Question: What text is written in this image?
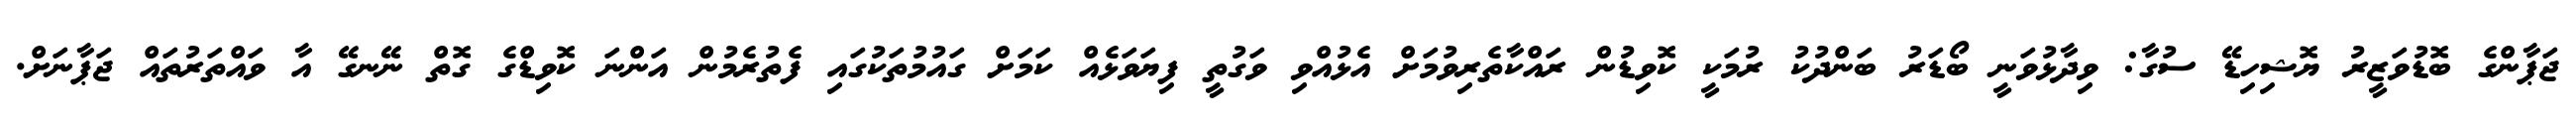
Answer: ޖަޕާންގެ ބޮޑުވަޒީރު ޔޮޝިހިޑޭ ސުގާ: ވިދާޅުވަނީ ބޯޑަރު ބަންދުކު ރުމަކީ ކޮވިޑުން ރައްކާތެރިވުމަށް އެޅުއްވި ވަގުތީ ފިޔަވަޅެއް ކަމަށް ގައުމުތަކުގައި ފެތުރެމުން އަންނަ ކޮވިޑްގެ ގޮތް ނޭނގޭ އާ ވައްތަރުތައް ޖަޕާނަށް.